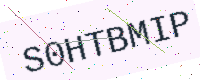
Text: S0HTBMIP